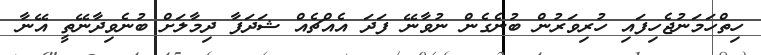
ހިތްހަމަނުޖެހިފައި ހުރިވަރުން ބުނެގެން ނުވާނޭ ފަދަ އެއްޗެއް ޝަދަފާ ދިމާލަށް ބުނެވިދާނޭތީ އޭނާ